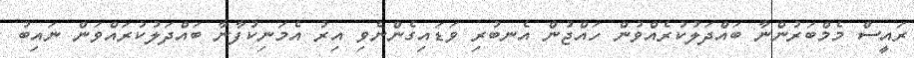
ރައީސް މެމްބަރުންނާ ބައްދަލުކުރެއްވުން ހައްޖުން އެނބުރި ވަޑައިގެންނެވި އިރު އެމަނިކުފާނާ ބައްދަލުކުރައްވަން ނައިބު